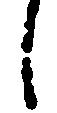
し